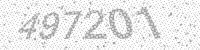
Solution: 497201